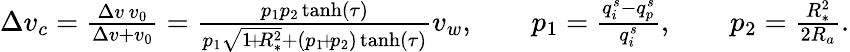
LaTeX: \begin{array}{r}{\Delta{v_{c}}=\frac{\Delta v\, v_{0}}{\Delta v+v_{0}}=\frac{p_{1}p_{2}\operatorname{tanh}(\tau)}{p_{1}\sqrt{1\! +\! R_{*}^{2}}+(p_{1}\! +\! p_{2})\operatorname{tanh}(\tau)}v_{w},\qquad p_{1}=\frac{q_{i}^{s}-q_{p}^{s}}{q_{i}^{s}},\qquad p_{2}=\frac{R_{*}^{2}}{2R_{a}}.}\end{array}